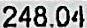
248.04